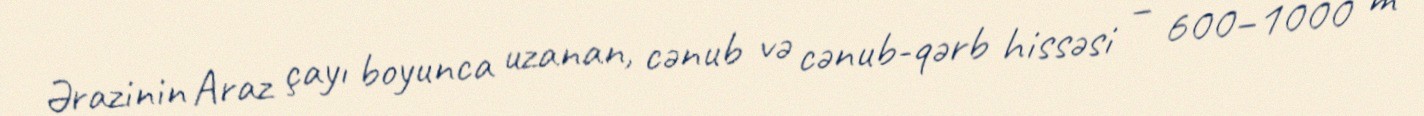
Ərazinin Araz çayı boyunca uzanan, cənub və cənub-qərb hissəsi – 600–1000 m